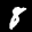
Label: 8